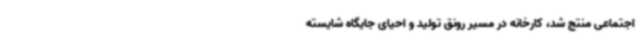
اجتماعی منتج شد، کارخانه در مسیر رونق تولید و احیای جایگاه شایسته